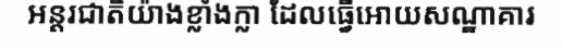
អន្តរជាតិយ៉ាងខ្លាំងក្លា ដែលធ្វើអោយសណ្ឋាគារ